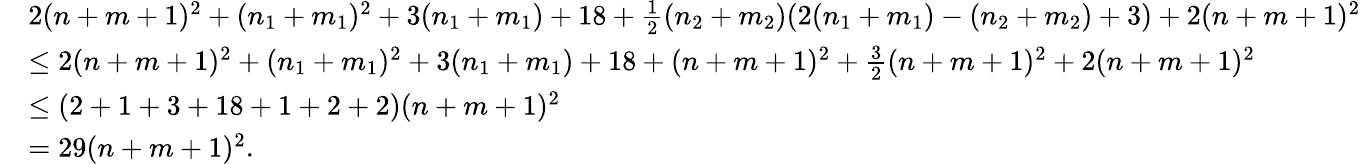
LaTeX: \begin{array}{rl}&{2(n+m+1)^{2}+(n_{1}+m_{1})^{2}+3(n_{1}+m_{1})+18+\frac{1}{2}(n_{2}+m_{2})(2(n_{1}+m_{1})-(n_{2}+m_{2})+3)+2(n+m+1)^{2}}\\ &{\leq 2(n+m+1)^{2}+(n_{1}+m_{1})^{2}+3(n_{1}+m_{1})+18+(n+m+1)^{2}+\frac{3}{2}(n+m+1)^{2}+2(n+m+1)^{2}}\\ &{\leq(2+1+3+18+1+2+2)(n+m+1)^{2}}\\ &{=29(n+m+1)^{2}.}\end{array}